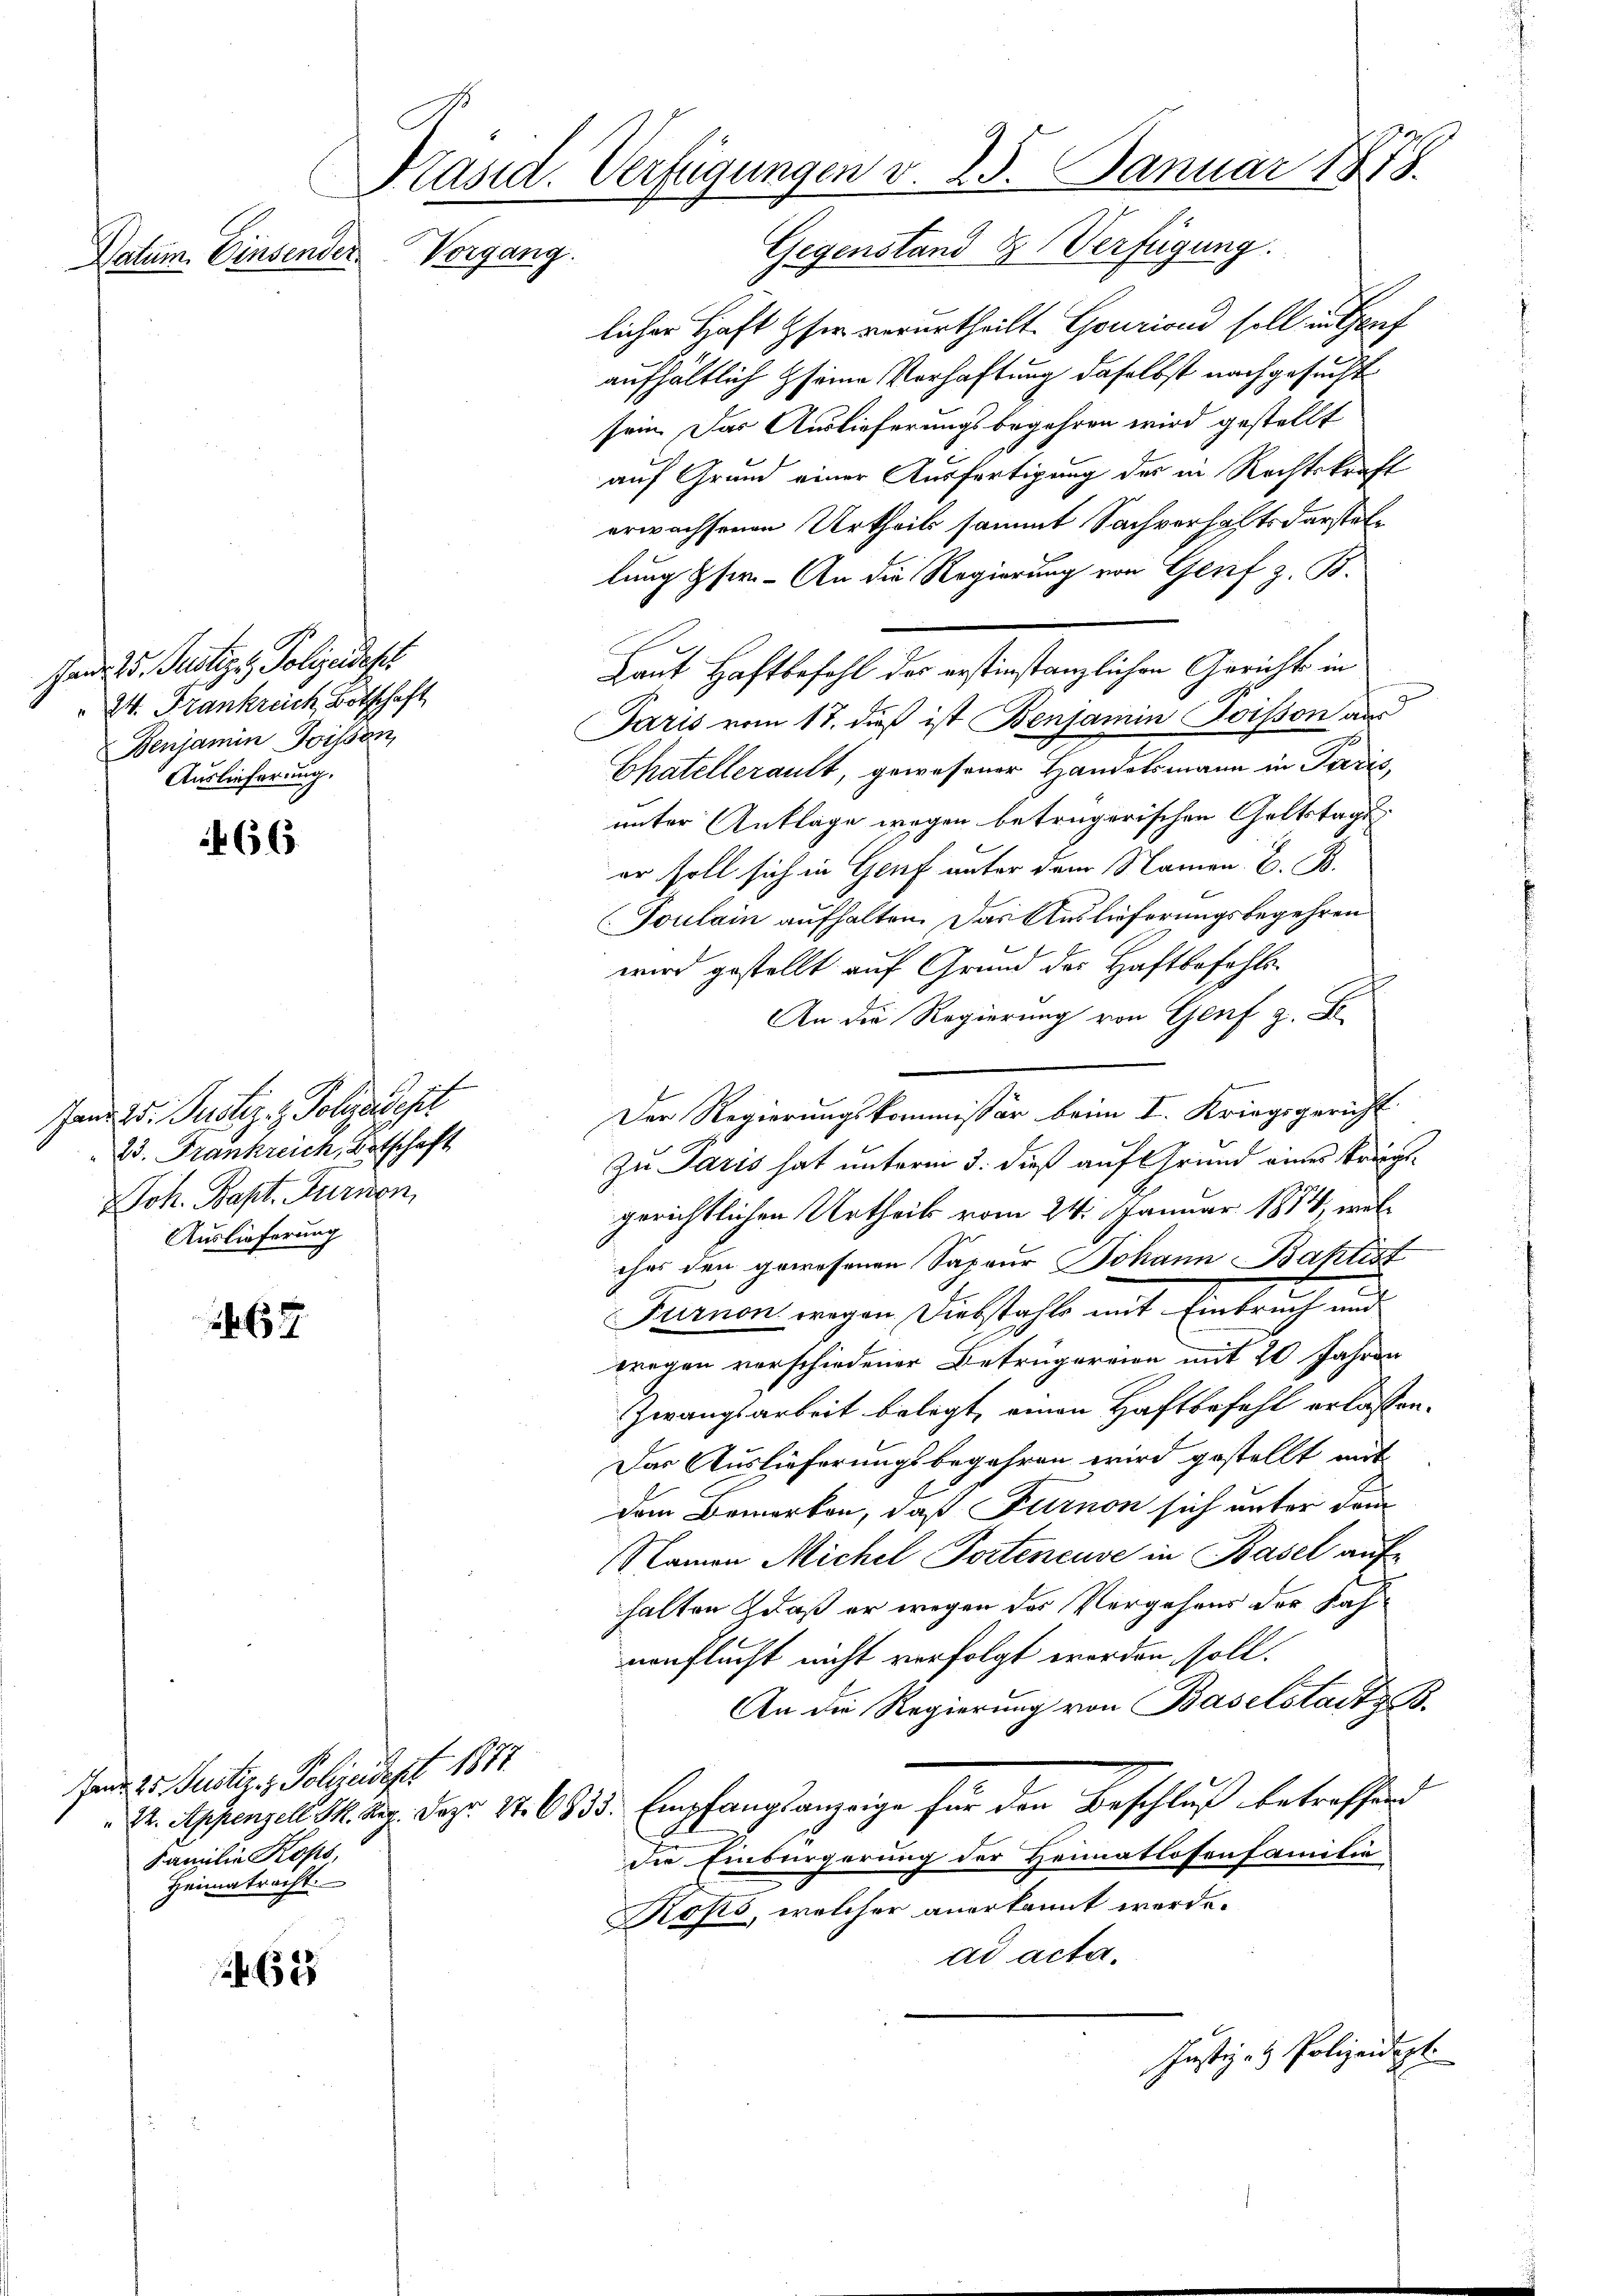
Präsid. Verfügungen v. 25. Januar 1878.
Gegenstand & Verfügung.
Vorgang.
Datum. Einsender.

Hand. 25. Justiz, Polizeidest
24. Frankreich Botschaft
Benjamin Poissen,
Auslieferung.

466.

Hande d. Justiz- & Polygadept
23. Frankreich, Botschaft
Joh. Bapt. Turnon,
Auslieferung

67

Fand 25. Justiz- & Polizeidept 1877.
Familie Kops,
Heimatracht.

. 625

licher Haft Hfer verurtheilt. Gouriond soll u. Genf
aufhältlich seine Verhaftung daselbst nachgesucht
sein. Das Auslieferungsbegehren wird gestellt
auf Grund einer Ausfertigung des in Rechtskraft
erwachsenen Urtheils sammt Sachverhaftsdarstellung Eser. - An die Regierung von Genf z. B.
Laut Haftbefahl der erstinstanzlichen Gericht in
Paris vom 17. dieß ist Benjamin Poisson aus
Chatellerault, gewesener Handelsmann in Paris,
unter Ankläge wegen betrügerischen Geltstage
er soll sich in Genf unter dem Namen C. B.
Toulain aufhalten. Das Auslieferungsbegehren
wird gestellt auf Grund der Haftbefehls¬
An die Regierung von Genf z. B.

Der Regierungskommissär beim I. Kriegsgericht
zu Paris hat unterm 3. dieß auf Grund eines Kriegsgerichtlichen Urtheils vom 24. Januar 1814, welches den gewesenen Sapeur Johann Baptist
Turnen wegen Diebstahls mit Einbruch und
wegen verschiedener Betrugereien mit 20 Jahren
Zwangsarbeit belegt, einen Haftbefehl erlassen.
Das Auslieferungsbegehren wird gestellt mit
dem Bemerken, daß Furnon sich unter drin
Namen Michel Porteneuve in Basel auf
halten & daß er wegen des Vergehens der Nahnenflucht nicht verfolgt worden, soll.
An die Regierung von Baselstadt z. B.
P. Appenzell M. Aug. Dez. 14. 6833. Empfangsanzeige für den Beschluß betreffend
die Einbürgerung der Heimatlosenfamilie
Kosis, welcher anerkannt werde.
ad acta.

Justiz- & Polizeidigt.